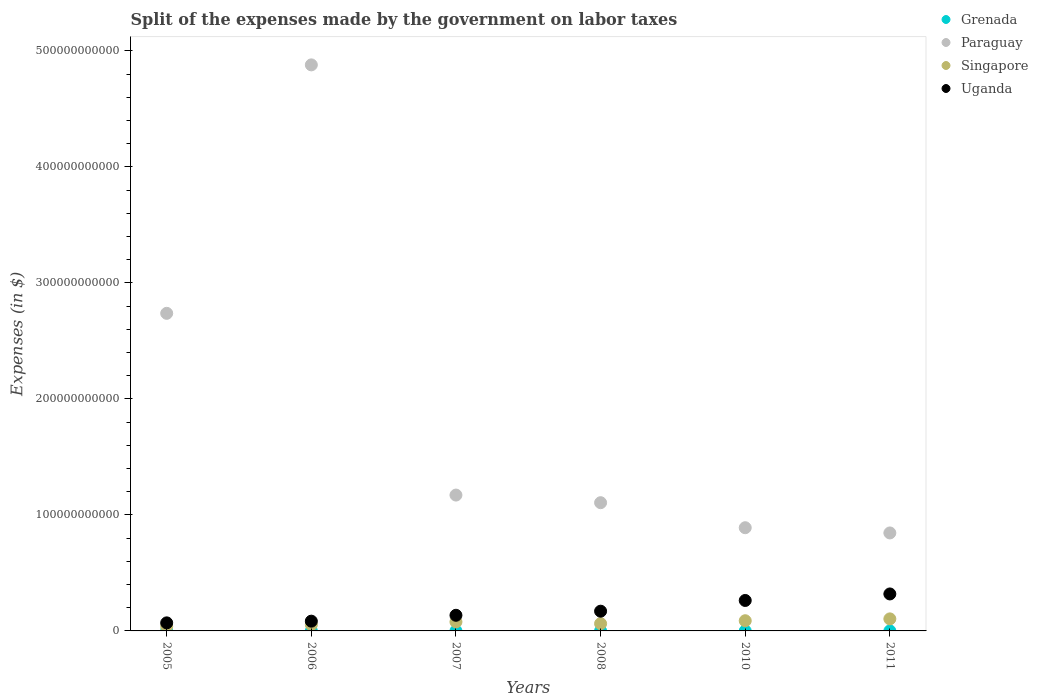
| Years | Grenada | Paraguay | Singapore | Uganda |
 | --- | --- | --- | --- | --- |
 | 2005 | 1.54e+07 | 2.74e+11 | 3.89e+09 | 6.95e+09 |
 | 2006 | 2.26e+07 | 4.88e+11 | 5.35e+09 | 8.41e+09 |
 | 2007 | 2.9e+07 | 1.17e+11 | 7.79e+09 | 1.35e+10 |
 | 2008 | 2.6e+07 | 1.11e+11 | 6.26e+09 | 1.7e+10 |
 | 2010 | 1.74e+07 | 8.9e+10 | 8.79e+09 | 2.63e+10 |
 | 2011 | 1.49e+07 | 8.45e+10 | 1.04e+10 | 3.19e+10 |